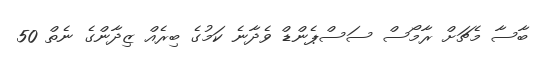
ބާސާ މެޗަށް ރާމޯސް ސަސްޕެންޑް ވެދާނެ ކަމުގެ ބިރެއް ޒިދާންގެ ނެތް 50